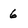
Character: 6